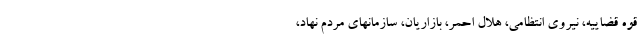
قوه قضاییه، نیروی انتظامی، هلال احمر، بازاریان، سازمانهای مردم نهاد،